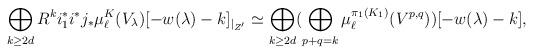
LaTeX: \begin{align*}\bigoplus\limits_{k \geq 2d} R^{k}i_1^*i^*j_*\mu_{\ell}^K(V_{\lambda})[-w(\lambda)-k]_{\vert_{Z^\prime}} \simeq \bigoplus\limits_{k \geq 2d} (\bigoplus_{\substack{p+q=k}} \mu_{\ell}^{\pi_1(K_1)}(V^{p,q}))[-w(\lambda)-k],\end{align*}